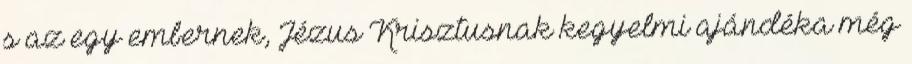
s az egy embernek, Jézus Krisztusnak kegyelmi ajándéka még